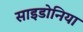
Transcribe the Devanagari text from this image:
साइडोनिया